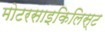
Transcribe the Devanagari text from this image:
मोटरसाइकिलिस्ट